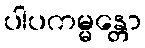
ပါပကမ္မန္တော